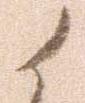
候